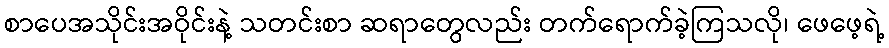
စာပေအသိုင်းအဝိုင်းနဲ့ သတင်းစာ ဆရာတွေလည်း တက်ရောက်ခဲ့ကြသလို၊ ဖေဖေ့ရဲ့